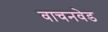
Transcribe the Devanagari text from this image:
वाचनवेड